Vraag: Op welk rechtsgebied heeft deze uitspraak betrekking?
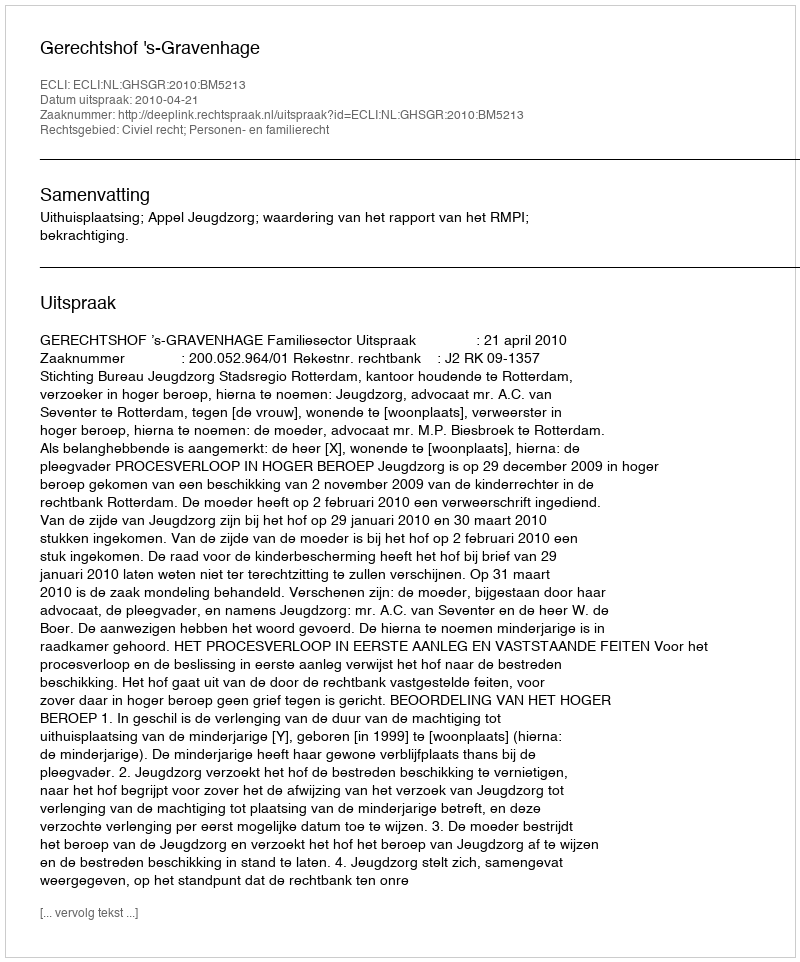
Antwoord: Civiel recht; Personen- en familierecht